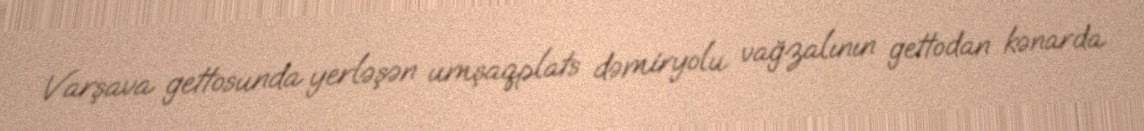
Varşava gettosunda yerləşən umşaqplats dəmiryolu vağzalının gettodan kənarda